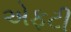
એફટી